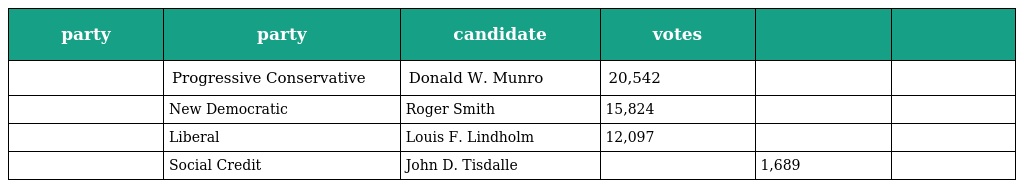
| party | party | candidate | votes |  |  |
 | --- | --- | --- | --- | --- | --- |
 |  | Progressive Conservative | Donald W. Munro | 20,542 |  |  |
 |  | New Democratic | Roger Smith | 15,824 |  |  |
 |  | Liberal | Louis F. Lindholm | 12,097 |  |  |
 |  | Social Credit | John D. Tisdalle |  | 1,689 |  |